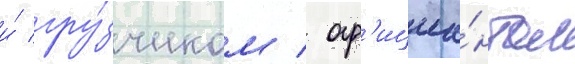
и́ гру́зчиком / оф'ициа́нтом